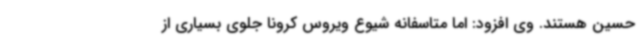
حسین هستند. وی افزود: اما متاسفانه شیوع ویروس کرونا جلوی بسیاری از